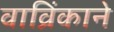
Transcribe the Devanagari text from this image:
वाव्रिंकाने